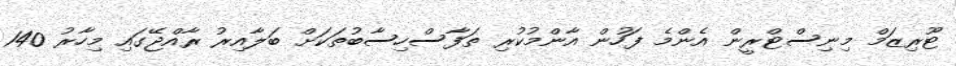
ޓޫރިޒަމް މިނިސްޓްރީން އެންމެ ފަހުން އާންމުކުރި ތަފާސްހިސާބުތަކަށް ބަލާއިރު ރާއްޖޭގައި މިހާރު 140